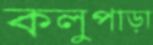
কলুপাড়া